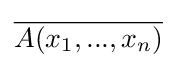
{\overline {A(x_{1},...,x_{n})}}